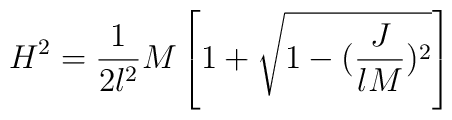
H^2 = \frac{1}{2l^2} M \left[ 1 + \sqrt{1-(\frac{J}{lM})^2}\right]\nonumber